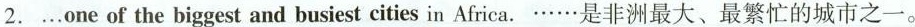
2.…one of the biggest and busiest cities in Africa。……是非洲最大、最繁忙的城市之一。